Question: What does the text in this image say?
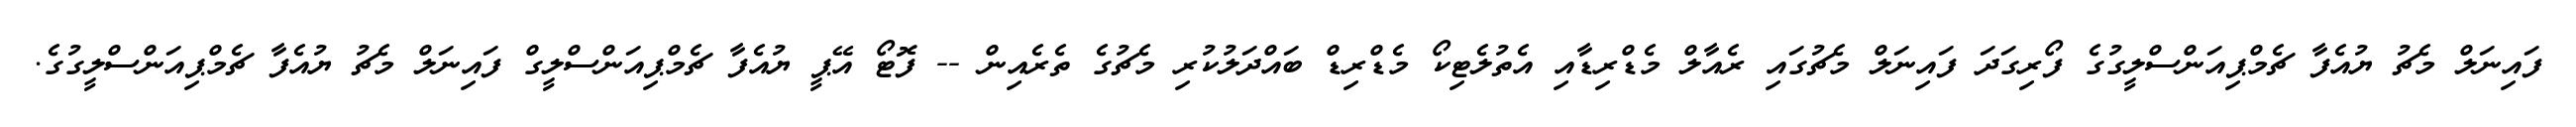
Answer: ފައިނަލް މެޗު ޔުއެފާ ޗެމްޕިއަންސްލީގުގެ ފޯރިގަދަ ފައިނަލް މެޗުގައި ރެއާލް މެޑްރިޑާއި އެތުލެޓިކޯ މެޑްރިޑް ބައްދަލުކުރި މެޗުގެ ތެރެއިން -- ފޮޓޯ އޭޕީ ޔުއެފާ ޗެމްޕިއަންސްލީގް ފައިނަލް މެޗު ޔުއެފާ ޗެމްޕިއަންސްލީގުގެ.